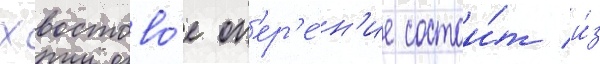
Хвостово́е оп'ер'е́н'ие состои́т и́з